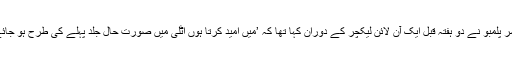
پروفیسر پلمبو نے دو ہفتہ قبل ایک آن لائن لیکچر کے دوران کہا تھا کہ ’میں امید کرتا ہوں اٹلی میں صورت حال جلد پہلے کی طرح ہو جائے گی۔